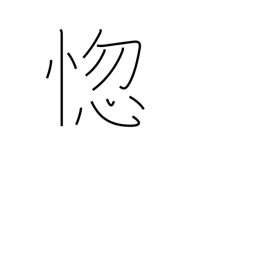
Meaning: grow senile